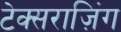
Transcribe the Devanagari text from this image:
टेक्सराज़िंग